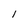
Character: I